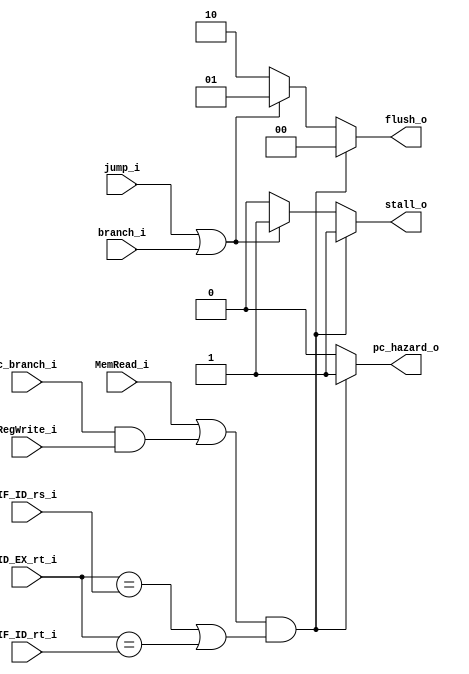
module HD(
	IF_ID_rs_i,
	IF_ID_rt_i,
	ID_EX_rt_i,
	RegWrite_i,
	MemRead_i,
	jump_i,
	branch_i,
	c_branch_i,
	stall_o,
	flush_o,
	pc_hazard_o
);

input	[4:0]	IF_ID_rs_i;
input	[4:0]	IF_ID_rt_i;
input	[4:0]	ID_EX_rt_i;
input	RegWrite_i, MemRead_i;
input	jump_i, branch_i, c_branch_i;
output	stall_o;
output	[1:0]	flush_o;
output	pc_hazard_o;

reg		stall_o;
reg		[1:0]	flush_o; //01: flush, 00: stall, 10: new inst
reg 	pc_hazard_o;

always @(c_branch_i or RegWrite_i or MemRead_i or ID_EX_rt_i or IF_ID_rs_i or IF_ID_rt_i or jump_i or branch_i)
begin
	if( (MemRead_i == 1'b1 || (c_branch_i == 1'b1 && RegWrite_i == 1'b1) ) && ( (ID_EX_rt_i == IF_ID_rs_i) || (ID_EX_rt_i == IF_ID_rt_i) ) )
	begin
		stall_o <= 1'b1;
		flush_o <= 2'b00;
		pc_hazard_o <= 1'b1;
    end
	else if(jump_i || branch_i)
	begin
		stall_o <= 1'b1;
		flush_o <= 2'b01;
		pc_hazard_o <= 1'b0;
	end
	else
	begin
        stall_o <= 1'b0;
        flush_o <= 2'b10;
        pc_hazard_o <= 1'b0;
	end 
end

endmodule